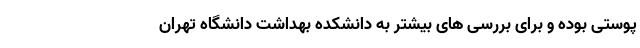
پوستی بوده و برای بررسی های بیشتر به دانشکده بهداشت دانشگاه تهران